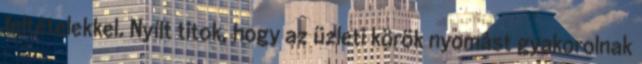
feltételekkel. Nyílt titok, hogy az üzleti körök nyomást gyakorolnak